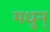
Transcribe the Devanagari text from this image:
मधुन्